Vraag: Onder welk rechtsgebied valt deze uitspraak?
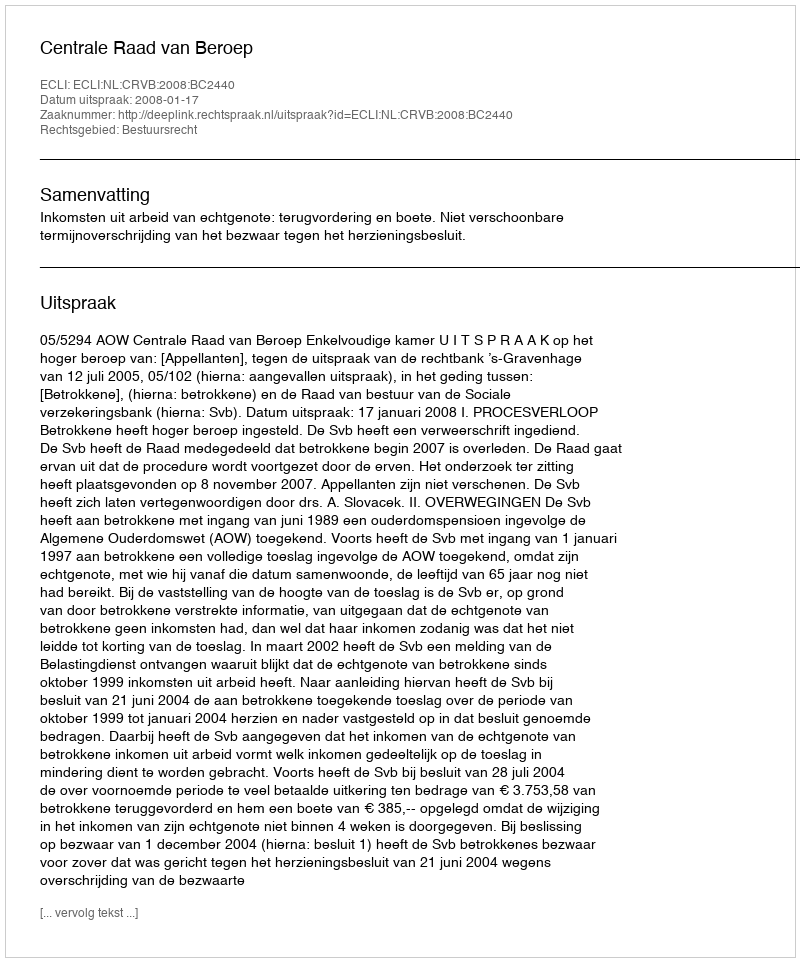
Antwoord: Bestuursrecht